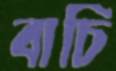
বাচি